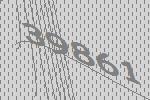
39861